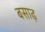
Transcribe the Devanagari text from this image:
बसाढ़